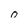
Character: o